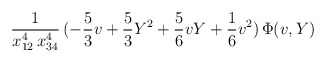
\begin{align*}\frac{1}{x_{12}^4 \, x_{34}^4} \, (-\frac{5}{3}v +\frac{5}{3} Y^2+\frac{5}{6} v Y + \frac{1}{6}v^2 ) \, \Phi(v,Y)\end{align*}